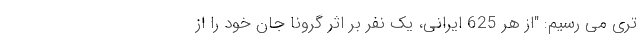
تری می رسیم: "از هر 625 ایرانی، یک نفر بر اثر گرونا جان خود را از